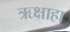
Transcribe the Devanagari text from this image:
ऋक्षाहा